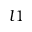
l 1